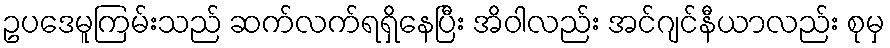
ဥပဒေမူကြမ်းသည် ဆက်လက်ရရှိနေပြီး အိဝါလည်း အင်ဂျင်နီယာလည်း စုမှ